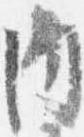
内